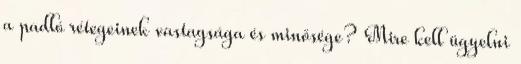
a padló rétegeinek vastagsága és minősége? Mire kell ügyelni